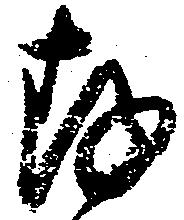
存